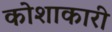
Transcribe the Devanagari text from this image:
कोशाकारी